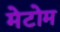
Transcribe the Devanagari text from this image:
मेटोम